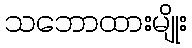
သဘောထားမျိုး